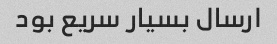
ارسال بسیار سریع بود